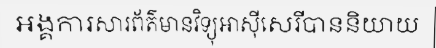
អង្គការសារព័ត៌មានវិទ្យុអាស៊ីសេរីបាននិយាយ